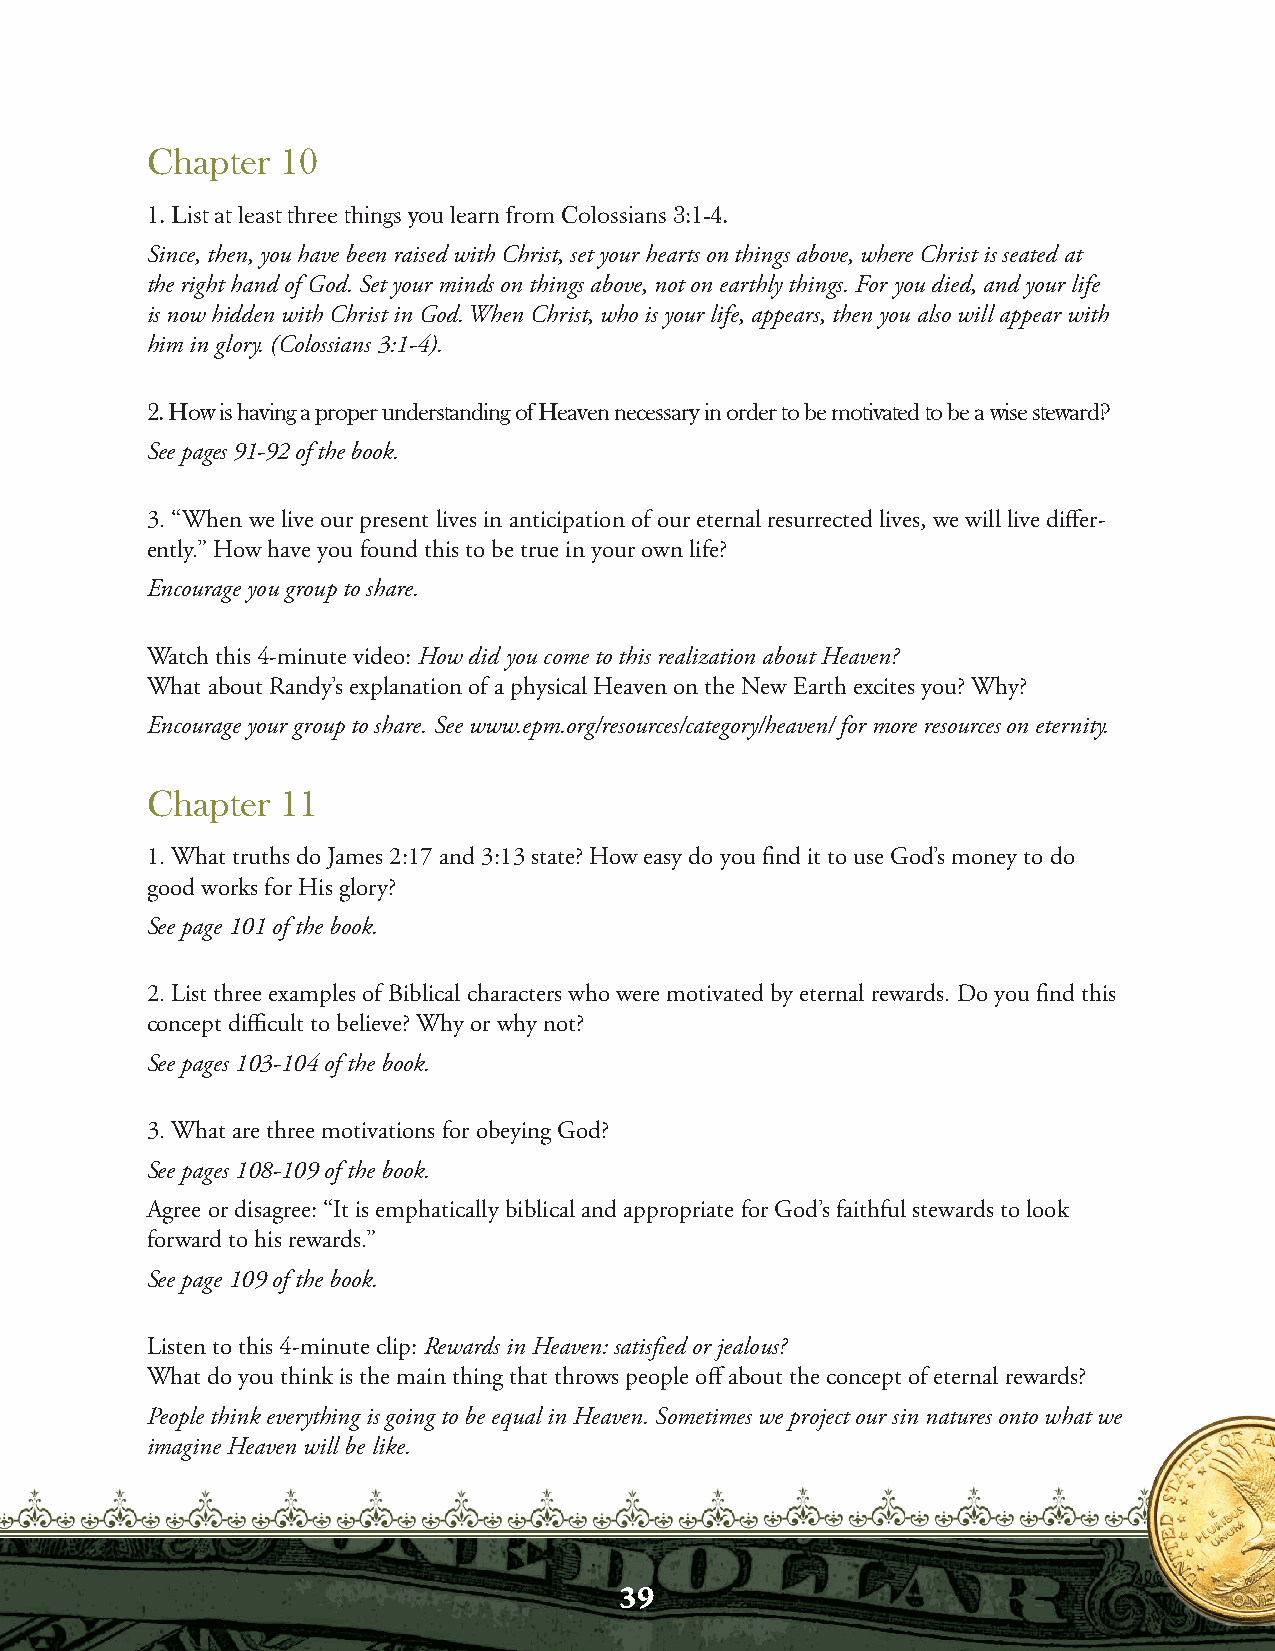
Chapter  10
 1. List at least three things you learn from Colossians 3:1-4.
 Since, then, you have been raised with Christ, set your hearts on things above, where Christ is seated at
 the right hand of God. Set your minds on things above, not on earthly things. For you died, and your life
 is now hidden with Christ in God. When Christ, who is your life, appears, then you also will appear with
 him in glory. (Colossians 3:1-4).
 2. How is having a proper understanding of Heaven necessary in order to be motivated to be a wise steward?
 See pages 91-92 of the book.
 3. “When we live our present lives in anticipation of our eternal resurrected lives, we will live differ-
 ently.” How have you found this to be true in your own life?
 Encourage you group to share.
 Watch this 4-minute video: How did you come to this realization about Heaven?
 What about Randy’s explanation of a physical Heaven on the New Earth excites you? Why?
 Encourage your group to share. See www.epm.org/resources/category/heaven/ for more resources on eternity.
 Chapter  11
 1. What truths do James 2:17 and 3:13 state? How easy do you find it to use God’s money to do
 good works for His glory?
 See page 101 of the book.
 2. List three examples of Biblical characters who were motivated by eternal rewards. Do you find this
 concept difficult to believe? Why or why not?
 See pages 103-104 of the book.
 3. What are three motivations for obeying God?
 See pages 108-109 of the book.
 Agree or disagree: “It is emphatically biblical and appropriate for God’s faithful stewards to look
 forward to his rewards.”
 See page 109 of the book.
 Listen to this 4-minute clip: Rewards in Heaven: satisfied or jealous?
 What do you think is the main thing that throws people off about the concept of eternal rewards?
 People think everything is going to be equal in Heaven. Sometimes we project our sin natures onto what we
 imagine Heaven will be like.
 39